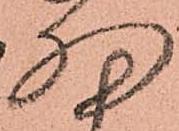
細